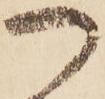
つ